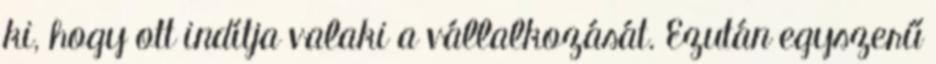
ki, hogy ott indítja valaki a vállalkozását. Ezután egyszerű